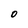
Character: 0